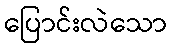
ပြောင်းလဲသော